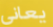
يعاني